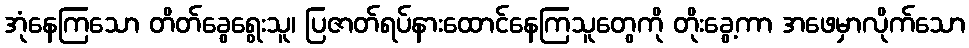
အုံနေကြသော တိတ်ခွေရွေးသူ၊ ပြဇာတ်ရပ်နားထောင်နေကြသူတွေကို တိုးခွေ့ကာ အဖေမှာလိုက်သော